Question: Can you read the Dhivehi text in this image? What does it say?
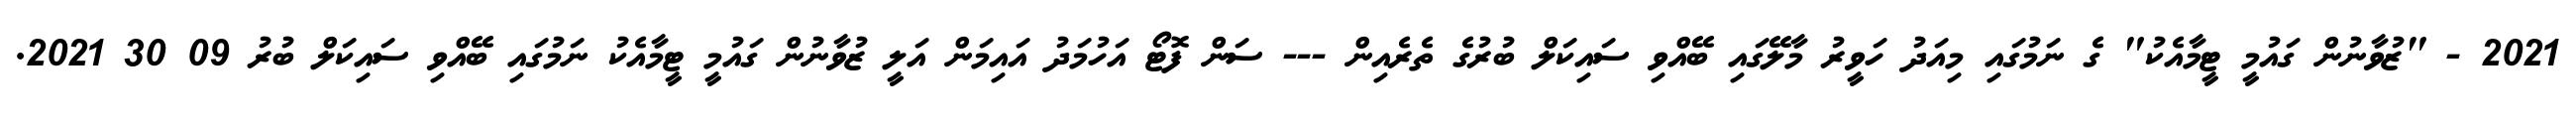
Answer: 2021 - "ޒުވާނުން ގައުމީ ޓީމާއެކު" ގެ ނަމުގައި މިއަދު ހަވީރު މާލޭގައި ބޭއްވި ސައިކަލް ބުރުގެ ތެރެއިން --- ސަން ފޮޓޯ އަހުމަދު އައިމަން އަލީ ޒުވާނުން ގައުމީ ޓީމާއެކު ނަމުގައި ބޭއްވި ސައިކަލް ބުރު 09 30 2021.